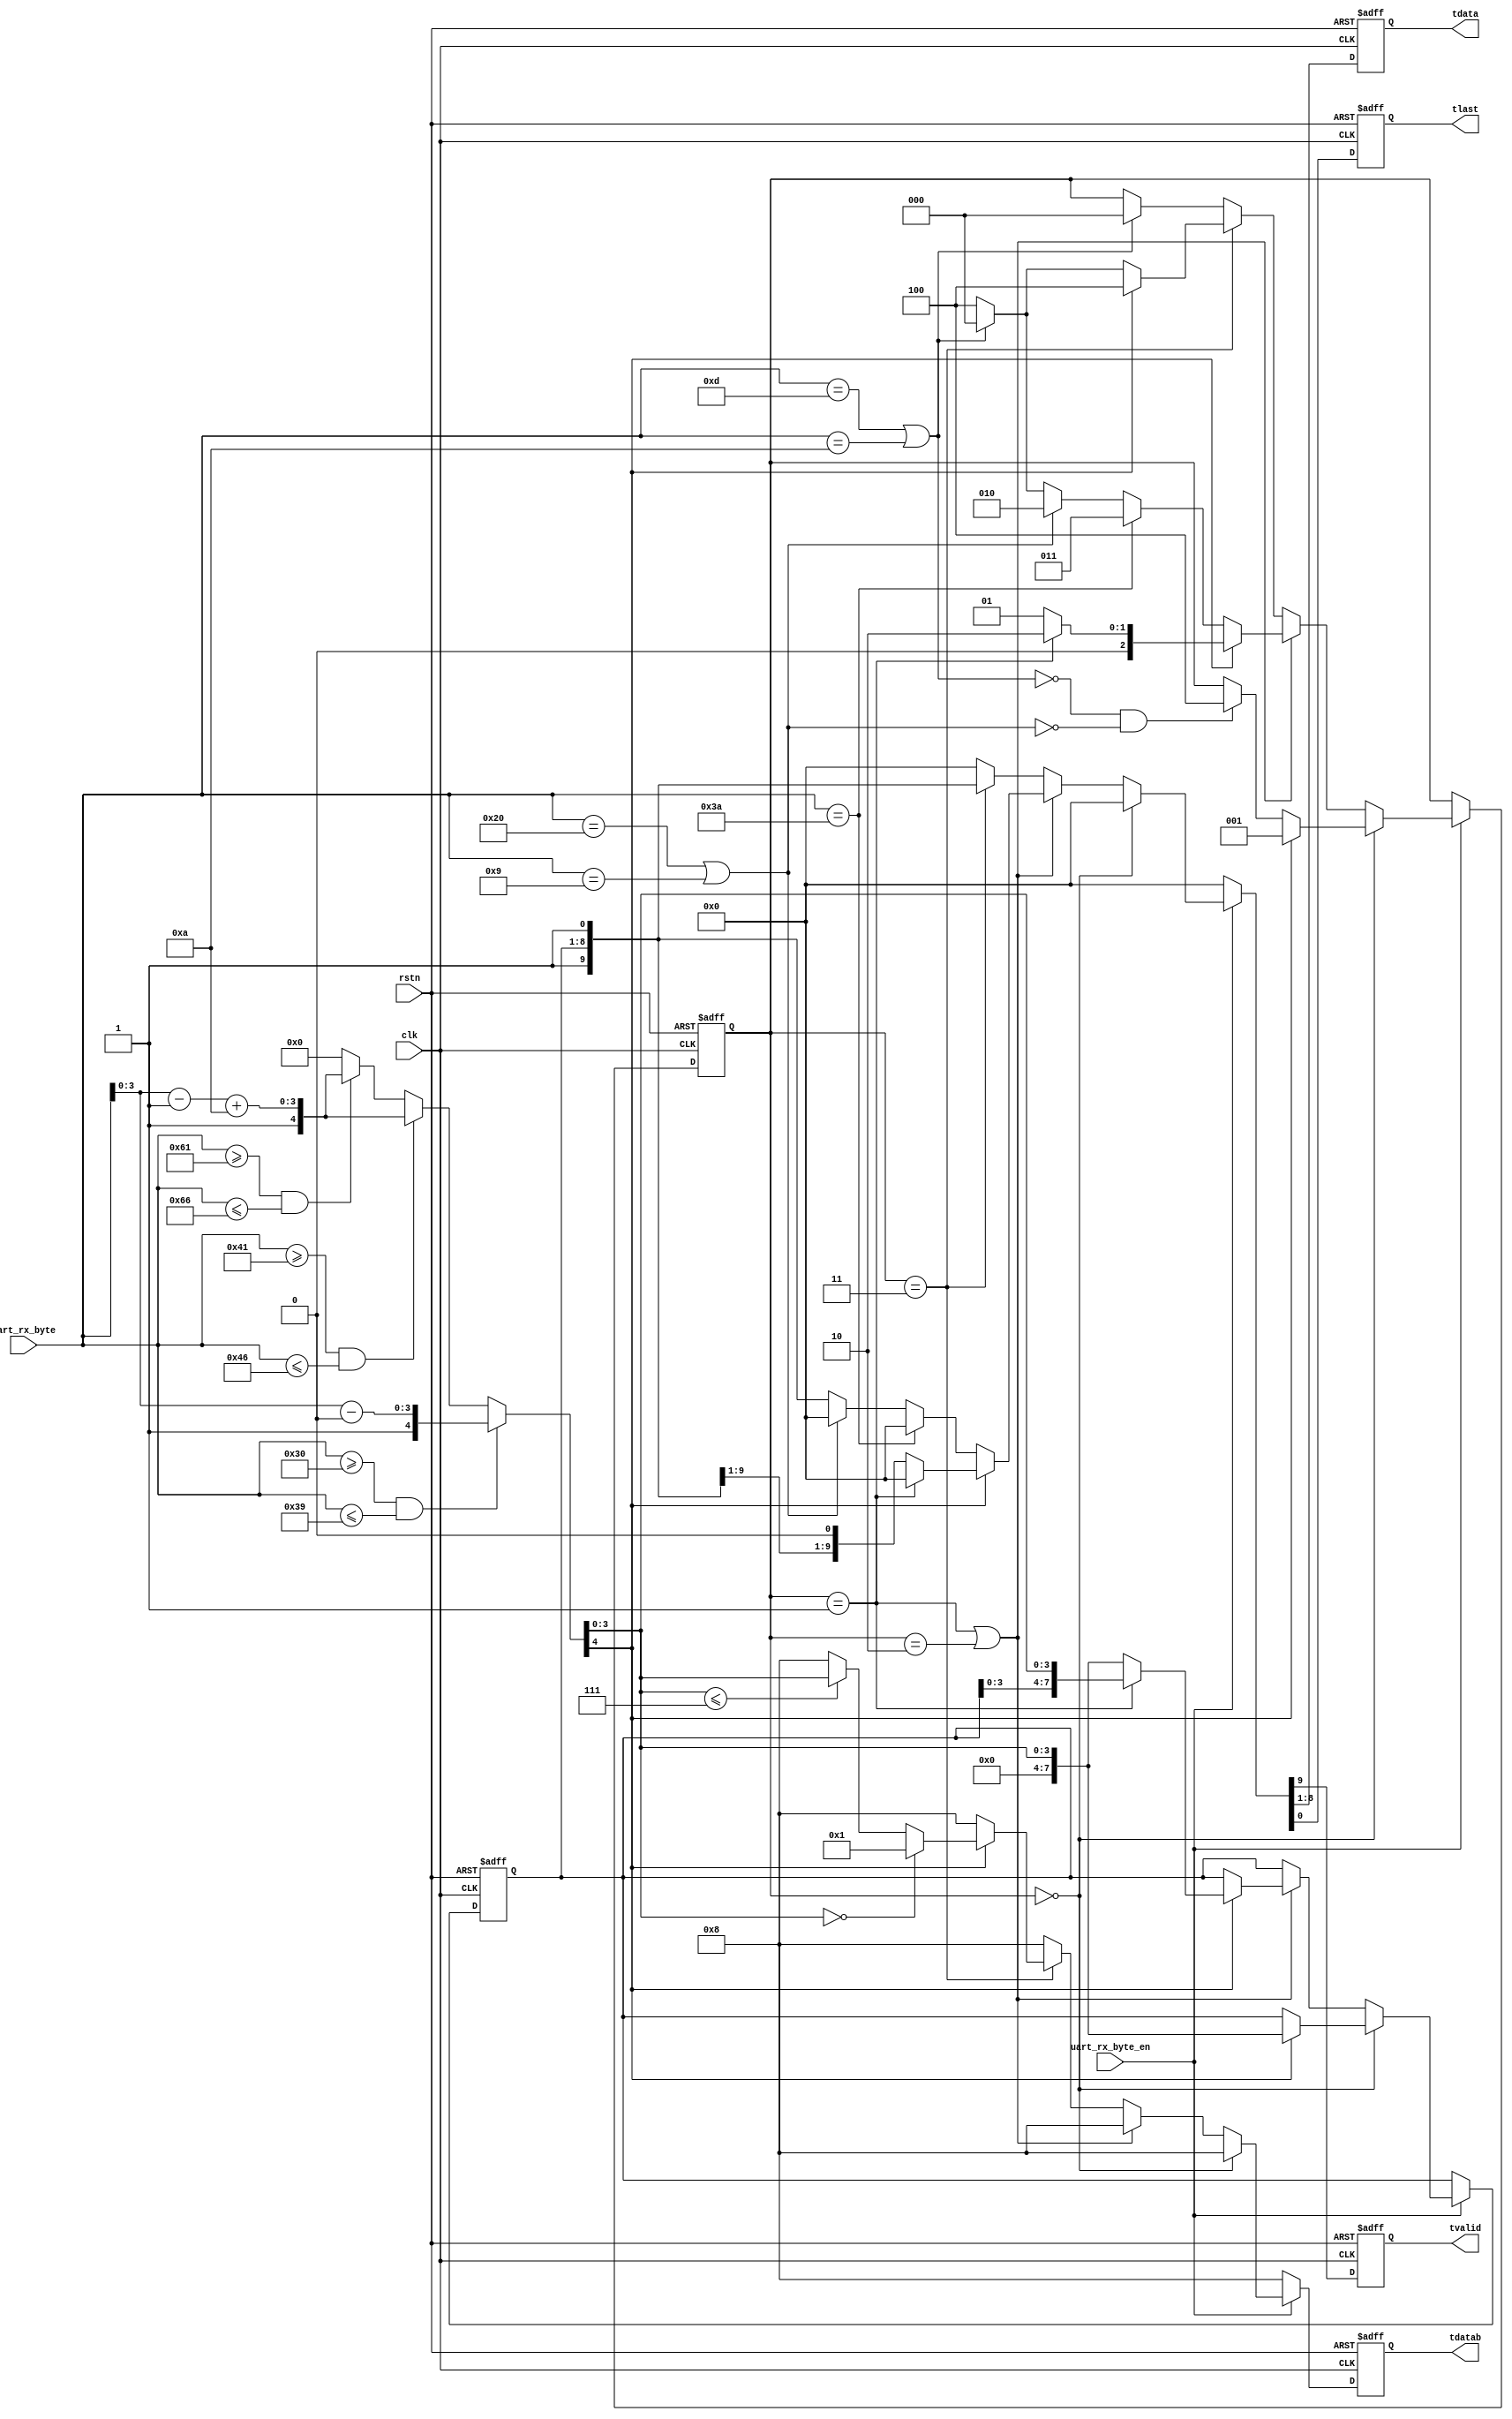

module uart_rx_parser #(
    parameter CLK_DIV = 108  // UART baud rate = clk freq/(4*CLK_DIV), modify CLK_DIV to change the UART baud
                             // for example, when clk=125MHz, CLK_DIV=271, then baud=125MHz/(4*271)=115200, 115200 is a typical baud rate for UART
) (
    input  wire       rstn,
    input  wire       clk,
    // uart RX bytes input
    input  wire       uart_rx_byte_en,
    input  wire [7:0] uart_rx_byte,
    // parsed byte stream
    output reg        tvalid,
    output reg  [7:0] tdata,
    output reg  [3:0] tdatab,
    output reg        tlast
);


initial {tvalid, tdata, tlast, tdatab} = 0;

localparam [7:0] CHAR_0  = 8'h30,  // "0"
                 CHAR_9  = 8'h39,  // "9"
                 CHAR_A  = 8'h41,  // "A"
                 CHAR_F  = 8'h46,  // "F"
                 CHAR_a  = 8'h61,  // "a"
                 CHAR_f  = 8'h66,  // "f"
                 CHAR_ht = 8'h09,  // "\t"
                 CHAR_sp = 8'h20,  // " "
                 CHAR_cr = 8'h0D,  // "\r"
                 CHAR_lf = 8'h0A,  // "\n"
                 CHAR_cl = 8'h3A;  // ":"


function  [4:0] ascii2hex;
    input [7:0] ascii;
    reg   [7:0] tmp;
begin
    if         ( ascii >= CHAR_0 && ascii <= CHAR_9 ) begin
        tmp = ascii - CHAR_0;
        ascii2hex = {1'b1, tmp[3:0]};
    end else if( ascii >= CHAR_A && ascii <= CHAR_F ) begin
        tmp = ascii - CHAR_A + 8'd10;
        ascii2hex = {1'b1, tmp[3:0]};
    end else if( ascii >= CHAR_a && ascii <= CHAR_f ) begin
        tmp = ascii - CHAR_a + 8'd10;
        ascii2hex = {1'b1, tmp[3:0]};
    end else begin
        tmp = ascii;
        ascii2hex = {1'b0, 4'h0};
    end
end
endfunction


wire       isspace = (uart_rx_byte == CHAR_sp) || (uart_rx_byte == CHAR_ht);
wire       iscrlf  = (uart_rx_byte == CHAR_cr) || (uart_rx_byte == CHAR_lf);
wire       iscolon = (uart_rx_byte == CHAR_cl);
wire       ishex;
wire [3:0] hexvalue;

assign {ishex, hexvalue} = ascii2hex(uart_rx_byte);

localparam [2:0] INIT   = 3'd0,
                 HEXH   = 3'd1,
                 HEXL   = 3'd2,
                 LASTB  = 3'd3,
                 INVALID= 3'd4;
reg [2:0] fsm = INIT;

reg [7:0] savedata = 0;

always @ (posedge clk or negedge rstn)
    if(~rstn) begin
        {tvalid, tdata, tlast, tdatab} <= 0;
        fsm <= INIT;
        savedata <= 0;
    end else begin
        {tvalid, tdata, tlast} <= 0;
        tdatab <= 4'd8;
        if(uart_rx_byte_en) begin        
            if         (fsm == INIT) begin
                if(ishex) begin
                    savedata <= {4'h0, hexvalue};
                    fsm <= HEXH;
                end else if(~iscrlf & ~isspace) begin
                    fsm <= INVALID;
                end
            end else if(fsm == HEXH || fsm==HEXL) begin
                if(ishex) begin
                    if(fsm == HEXH) begin
                        savedata <= {savedata[3:0], hexvalue};
                        fsm <= HEXL;
                    end else begin
                        {tvalid, tdata, tlast} <= {1'b1, savedata, 1'b0};
                        savedata <= {4'h0, hexvalue};
                        fsm <= HEXH;
                    end
                end else if(iscolon) begin
                    fsm <= LASTB;
                end else if(isspace) begin
                    fsm <= HEXL;
                end else if(iscrlf) begin
                    {tvalid, tdata, tlast} <= {1'b1, savedata, 1'b1};
                    fsm <= INIT;
                end else begin
                    {tvalid, tdata, tlast} <= {1'b1, savedata, 1'b1};
                    fsm <= INVALID;
                end
            end else if(fsm == LASTB) begin
                if(ishex) begin
                    {tvalid, tdata, tlast} <= {1'b1, savedata, 1'b1};
                    if     (hexvalue == 4'd0)
                        tdatab <= 4'd1;
                    else if(hexvalue <= 4'd7)
                        tdatab <= hexvalue;
                    fsm <= INVALID;
                end else if(iscrlf) begin
                    {tvalid, tdata, tlast} <= {1'b1, savedata, 1'b1};
                    fsm <= INIT;
                end else begin
                    {tvalid, tdata, tlast} <= {1'b1, savedata, 1'b1};
                    fsm <= INVALID;
                end
            end else if(iscrlf) begin
                fsm <= INIT;
            end
        end
    end

endmodule